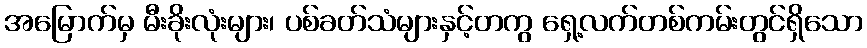
အမြောက်မှ မီးခိုးလုံးများ၊ ပစ်ခတ်သံများနှင့်တကွ ရှေ့လက်တစ်ကမ်းတွင်ရှိသော